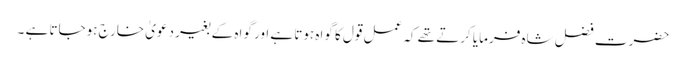
حضرت فضل شاہ فرمایا کرتے تھے کہ عمل قول کا گواہ ہوتا ہے اور گواہ کے بغیر دعویٰ خارج ہوجاتا ہے ۔